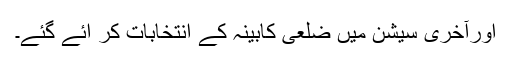
اورآخری سیشن میں ضلعی کابینہ کے انتخابات کر ائے گئے۔